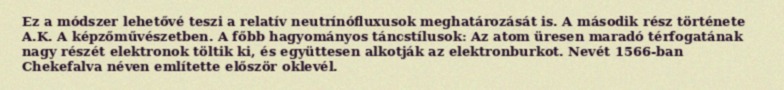
Ez a módszer lehetővé teszi a relatív neutrínófluxusok meghatározását is. A második rész története A.K. A képzőművészetben. A főbb hagyományos táncstílusok: Az atom üresen maradó térfogatának nagy részét elektronok töltik ki, és együttesen alkotják az elektronburkot. Nevét 1566-ban Chekefalva néven említette először oklevél.